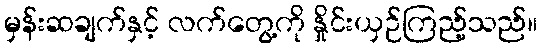
မှန်းဆချက်နှင့် လက်တွေ့ကို နှိုင်းယှဉ်ကြည့်သည်။